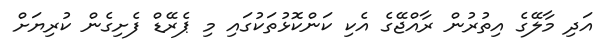
އަދި މާލޭގެ އިތުރުން ރާއްޖޭގެ އެކި ކަންކޮޅުތަކުގައި މި ޕެރޭޑް ފެށިގެން ކުރިޔަށް